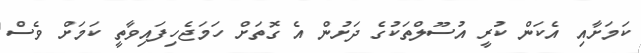
ކަމަށާއި އެކަން ކުރީ އުސޫލްތަކުގެ ދަށުން އެ ގޮތަށް ހަމަޖެހިފައިވާތީ ކަމަށް ވެސް